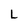
Character: L